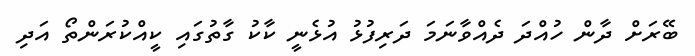
ބޭރަށް ދާން ހުއްދަ ދެއްވާނަމަ ދަރިފުޅު އުޅެނީ ކާކު ގާތުގައި ކީއްކުރަންތޯ އަދި